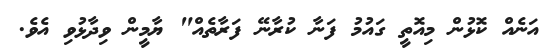
އަނެއް ކޮޅުން މިއޮތީ ގައުމު ފަނާ ކުރާނޭ ފަރާތެއް" ޔާމީން ވިދާޅުވި އެވެ.